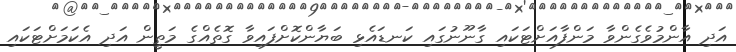
އަދި އާންމުވެގެންވާ މަންފާއަށްޓަކައި ގާނޫނުގައި ކަނޑައެޅި ބަޔާންކޮށްފައިވާ ގޮތެއްގެ މަތީން އަދި އެކަމަށްޓަކައި